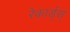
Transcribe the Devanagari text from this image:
रेकार्ड्स्